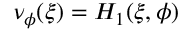
\nu _ { \phi } ( \xi ) = H _ { 1 } ( \xi , \phi )